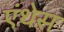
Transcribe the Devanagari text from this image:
एंथेस